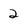
Character: 2